Vaccine operations Central Provinces & Berar 1912-1920 - 1912-1920
Year: 1912
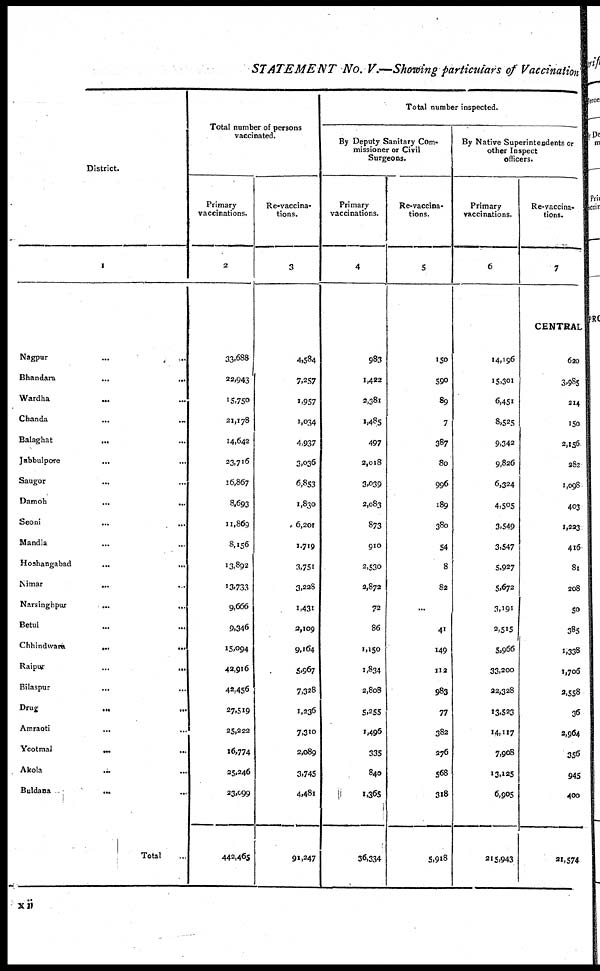
STATEMENT No. V.—Showing particulars of Vaccination
District.
1
Nagpur ... ...
Bhandara ... ...
Wardha
...
...
Chanda ... ...
Balaghat
... ...
Jubbulpore
... ...
Saugor ... ...
Damoh ... ...
Seoni ... ...
Mandla ... ...
Hoshangabad ... ...
Nimar
...
Narsinghpur ... ...
Betul ... ...
Chhindwara...
...
Raipur
...
...
Bilaspur ... ...
Drug
...
...
Amraoti
... ...
Yeotmal
...
...
Akola ... ...
Buldana ... ...
Total ...
Total number of persons
vaccinated.
Primary
vaccinations.
2
33,688
22,943
15,750
21,178
14,642
23,716
16,867
8,693
11,869
8,156
13,892
13,733
9,666
9,346
15,094
42,916
42,456
27,519
25,222
16,774
25,246
23,099
442,465
Re-vaccina-
tions.
3
4,584
7,257
1,957
1,034
4,937
3,036
6,853
1,830
6,201
1,719
3,751
3,228
1,431
2,109
9,164
5,967
7,328
1,236
7,310
2,089
3,745
4,481
91,247
Total number inspected.
By Deputy Sanitary Com-
missioner or Civil
Surgeons.
Primary
vaccinations.
4
983
1,422
2,381
1,485
497
2,018
3,039
2,083
873
910
2,530
2,872
72
86
1,150
1,834
2,808
5,255
1,496
335
840
1,365
36,334
Re-vaccina-
tions.
5
150
590
89
7
387
80
996
189
380
54
8
82
...
41
149
112
983
77
382
276
568
318
5,918
By Native Superintendents or
other Inspect
officers.
Primary
vaccinations.
6
14,196
15,301
6,451
8,525
9,342
9,826
6,324
4,505
3,549
3,547
5,927
5,672
3,191
2,515
5,966
33,200
22,328
13,523
14,117
7,908
13,125
6,905
215,943
Re-vaccina-
tions.
7
CENTRAL
620
3,985
214
150
2,156
282
1,098
403
1,223
416
81
208
50
385
1,338
1,706
2,558
36
2,964
356
945
400
21,574
xii